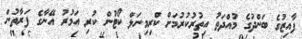
ފާއިޒުގެ ބަންދުގެ މުއްދަތު އިތުރުކުރުމަށް ކްރިމިނަލް ކޯޓުން ކުރި އަމުރު އޭނާގެ ފަރާތުން